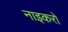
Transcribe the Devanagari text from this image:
नाइकरों